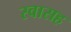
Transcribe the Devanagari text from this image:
स्‍वासह